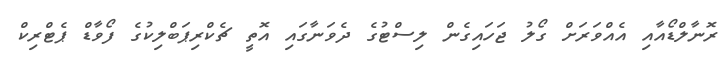
ރޮނާލްޑޯއާއި އެއްވަރަށް ގޯލު ޖަހައިގެން ލިސްޓުގެ ދެވަނާގައި އޮތީ ޗެކްރިޕަބްލިކުގެ ފޯވާޑް ޕެޓްރިކް